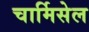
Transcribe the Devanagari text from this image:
चार्मिसेल